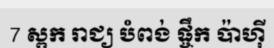
7 ស្ពក រាជ្យ បំពង់ ផ្ចឹក ប៉ាហ៊ី